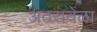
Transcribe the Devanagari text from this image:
अठरावेळा